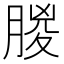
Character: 朡